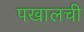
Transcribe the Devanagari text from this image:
पखालची